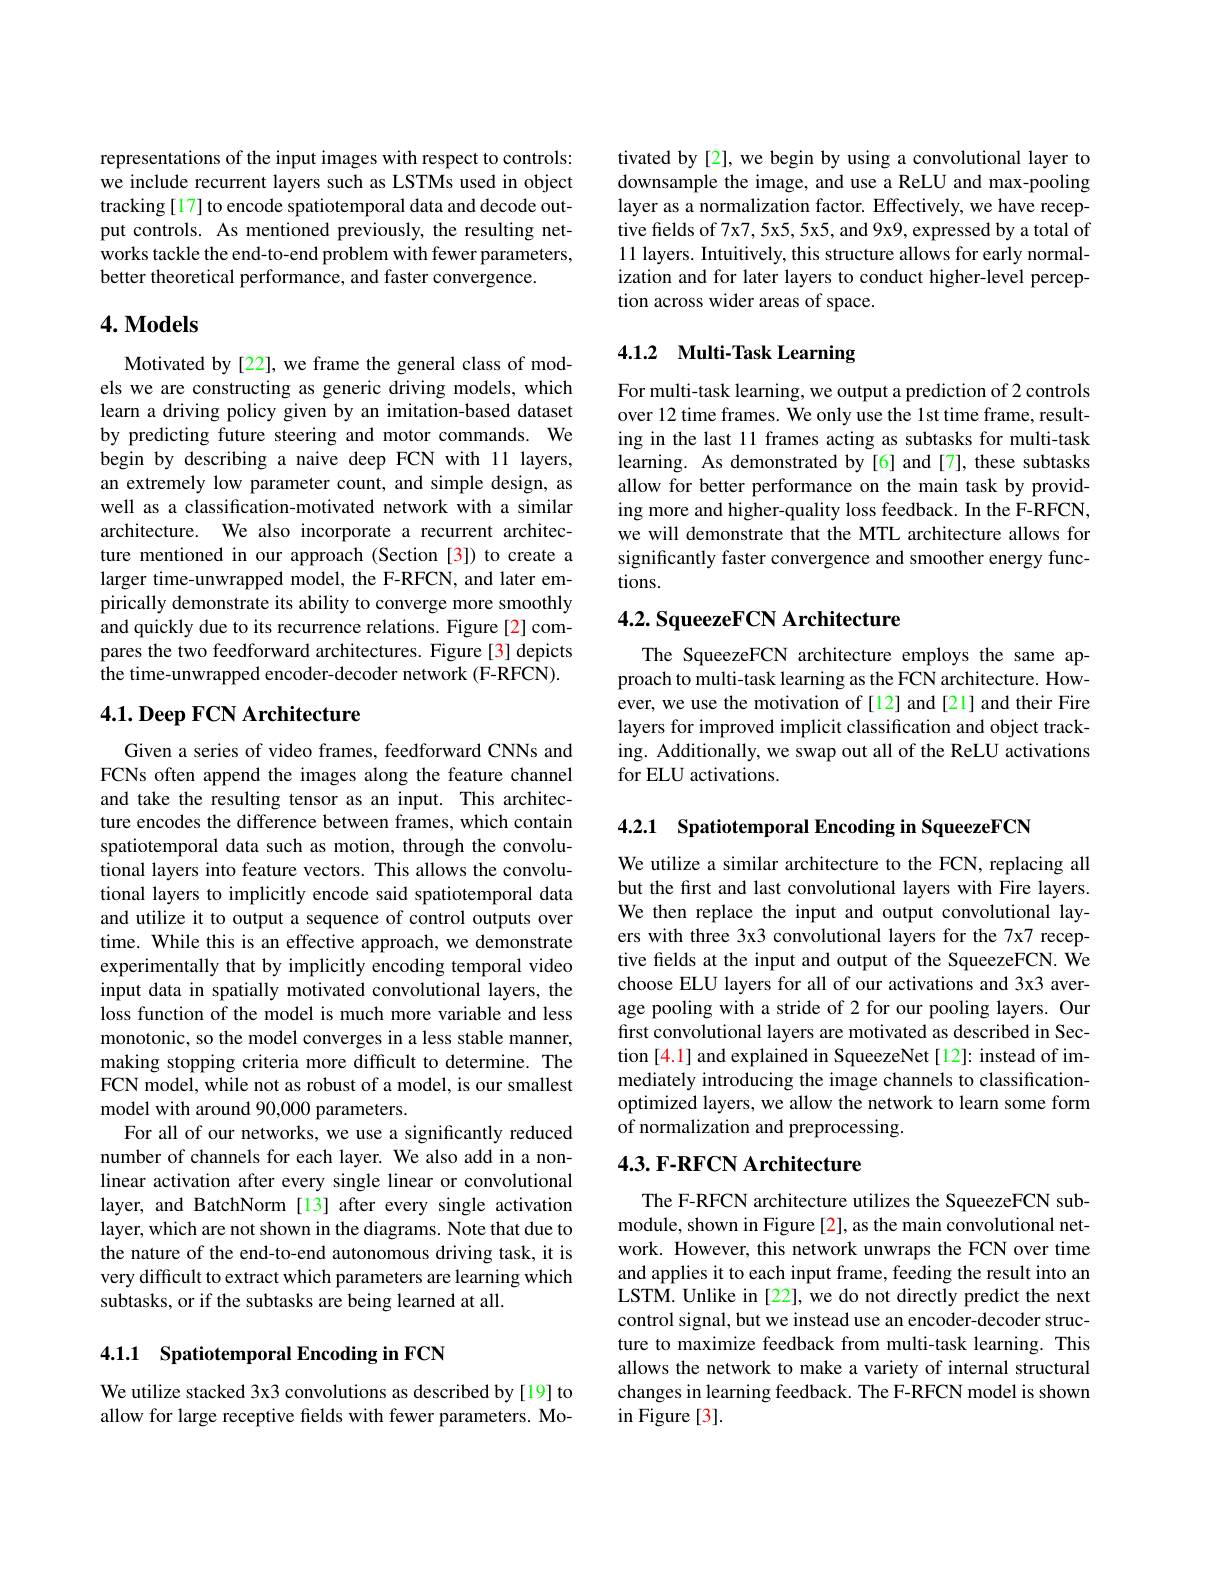
representations of the input images with respect to controls: we include recurrent layers such as LSTMs used in object tracking [17] to encode spatiotemporal data and decode output controls. As mentioned previously, the resulting networks tackle the end-to-end problem with fewer parameters, better theoretical performance, and faster convergence.

## $4. \textbf{Models}$

Motivated by[22], we frame the general class of models we are constructing as generic driving models, which learn a driving policy given by an imitation-based dataset by predicting future steering and motor commands. We begin by describing a naive deep FCN with 11 layers, an extremely low parameter count, and simple design, as well as a classification-motivated network with a similar architecture. We also incorporate a recurrent architecture mentioned in our approach (Section [3]) to create a larger time-unwrapped model, the F-RFCN, and later empirically demonstrate its ability to converge more smoothly and quickly due to its recurrence relations. Figure [2] compares the two feedforward architectures. Figure[3] depicts the time-unwrapped encoder-decoder network (F-RFCN).

## $4. 1. \textbf{ Deep FCN Architecture}$

Given a series of video frames, feedforward CNNs and FCNs often append the images along the feature channel and take the resulting tensor as an input. This architecture encodes the difference between frames, which contain spatiotemporal data such as motion, through the convolutional layers into feature vectors. This allows the convolutional layers to implicitly encode said spatiotemporal data and utilize it to output a sequence of control outputs over time. While this is an effective approach, we demonstrate experimentally that by implicitly encoding temporal video input data in spatially motivated convolutional layers, the loss function of the model is much more variable and less monotonic, so the model converges in a less stable manner, making stopping criteria more difficult to determine. The FCN model, while not as robust of a model, is our smallest model with around 90,000 parameters.
For all of our networks, we use a significantly reduced number of channels for each layer. We also add in a nonlinear activation after every single linear or convolutional layer, and BatchNorm [13] after every single activation layer, which are not shown in the diagrams. Note that due to the nature of the end-to-end autonomous driving task, it is very difficult to extract which parameters are learning which subtasks, or if the subtasks are being learned at all.

4.1.1 Spatiotemporal Encoding in FCN

We utilize stacked 3x3 convolutions as described by[19] to allow for large receptive fields with fewer parameters. Mo-

tivated by[2], we begin by using a convolutional layer to downsample the image, and use a ReLU and max-pooling layer as a normalization factor. Effectively, we have receptive frelds of 7x7, 5x5, 5x5, and 9x9, expressed by a total of 11 layers. Intuitively, this structure allows for early normalization and for later layers to conduct higher-level perception across wider areas of space.

# 4.1.2 Multi-Task Learning

For multi-task learning, we output a prediction of 2 controls over 12 time frames. We only use the 1st time frame, resulting in the last 11 frames acting as subtasks for multi-task learning. As demonstrated by [6] and [7], these subtasks allow for better performance on the main task by providing more and higher-quality loss feedback. In the F-RFCN, we will demonstrate that the MTL architecture allows for significantly faster convergence and smoother energy functions.

## $4. 2. \textbf{ SqueezeFCN Architecture}$

The SqueezeFCN architecture employs the same approach to multi-task learning as the FCN architecture. However, we use the motivation of [12] and [21] and their Fire layers for improved implicit classification and object tracking. Additionally, we swap out all of the ReLU activations for ELU activations.

4.2.1 Spatiotemporal Encoding in SqueezeFCN

We utilize a similar architecture to the FCN, replacing all but the frst and last convolutional layers with Fire layers. We then replace the input and output convolutional layers with three 3x3 convolutional layers for the 7x7 receptive fields at the input and output of the SqueezeFCN. We choose ELU layers for all of our activations and 3x3 average pooling with a stride of 2 for our pooling layers. Our first convolutional layers are motivated as described in Section [4.1] and explained in SqueezeNet [12]: instead of immediately introducing the image channels to classificationoptimized layers, we allow the network to learn some form of normalization and preprocessing.

## 4.3. F-RFCN Architecture

The F-RFCN architecture utilizes the SqueezeFCN submodule, shown in Figure [2], as the main convolutional network. However, this network unwraps the FCN over time and applies it to each input frame, feeding the result into an LSTM. Unlike in [22], we do not directly predict the next control signal, but we instead use an encoder-decoder structure to maximize feedback from multi-task learning. This allows the network to make a variety of internal structural changes in learning feedback. The F-RFCN model is shown in Figure [3].